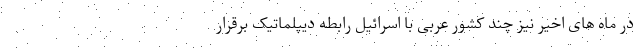
در ماه های اخیر نیز چند کشور عربی با اسرائیل رابطه دیپلماتیک برقرار